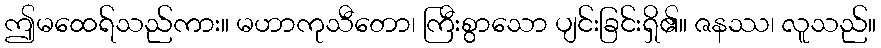
ဤမထေရ်သည်ကား။ မဟာကုသီတော၊ ကြီးစွာသော ပျင်းခြင်းရှိ၏။ ဇနဿ၊ လူသည်။